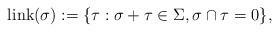
LaTeX: \begin{align*}\mbox{link}(\sigma):=\{\tau: \sigma+\tau\in\Sigma,\sigma\cap\tau=0\},\end{align*}